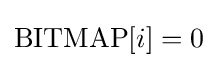
\mathrm {BITMAP} [i]=0